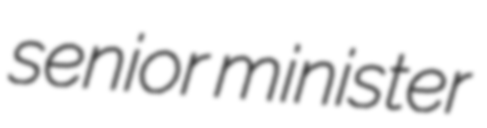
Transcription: senior minister